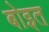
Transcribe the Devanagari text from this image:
बोइत